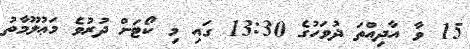
15 ވާ އާދިއްތަ ދުވަހުގެ 13:30 ގައި މި ކޯޓަށް ދުރުވެ މަޢުލޫމާތު